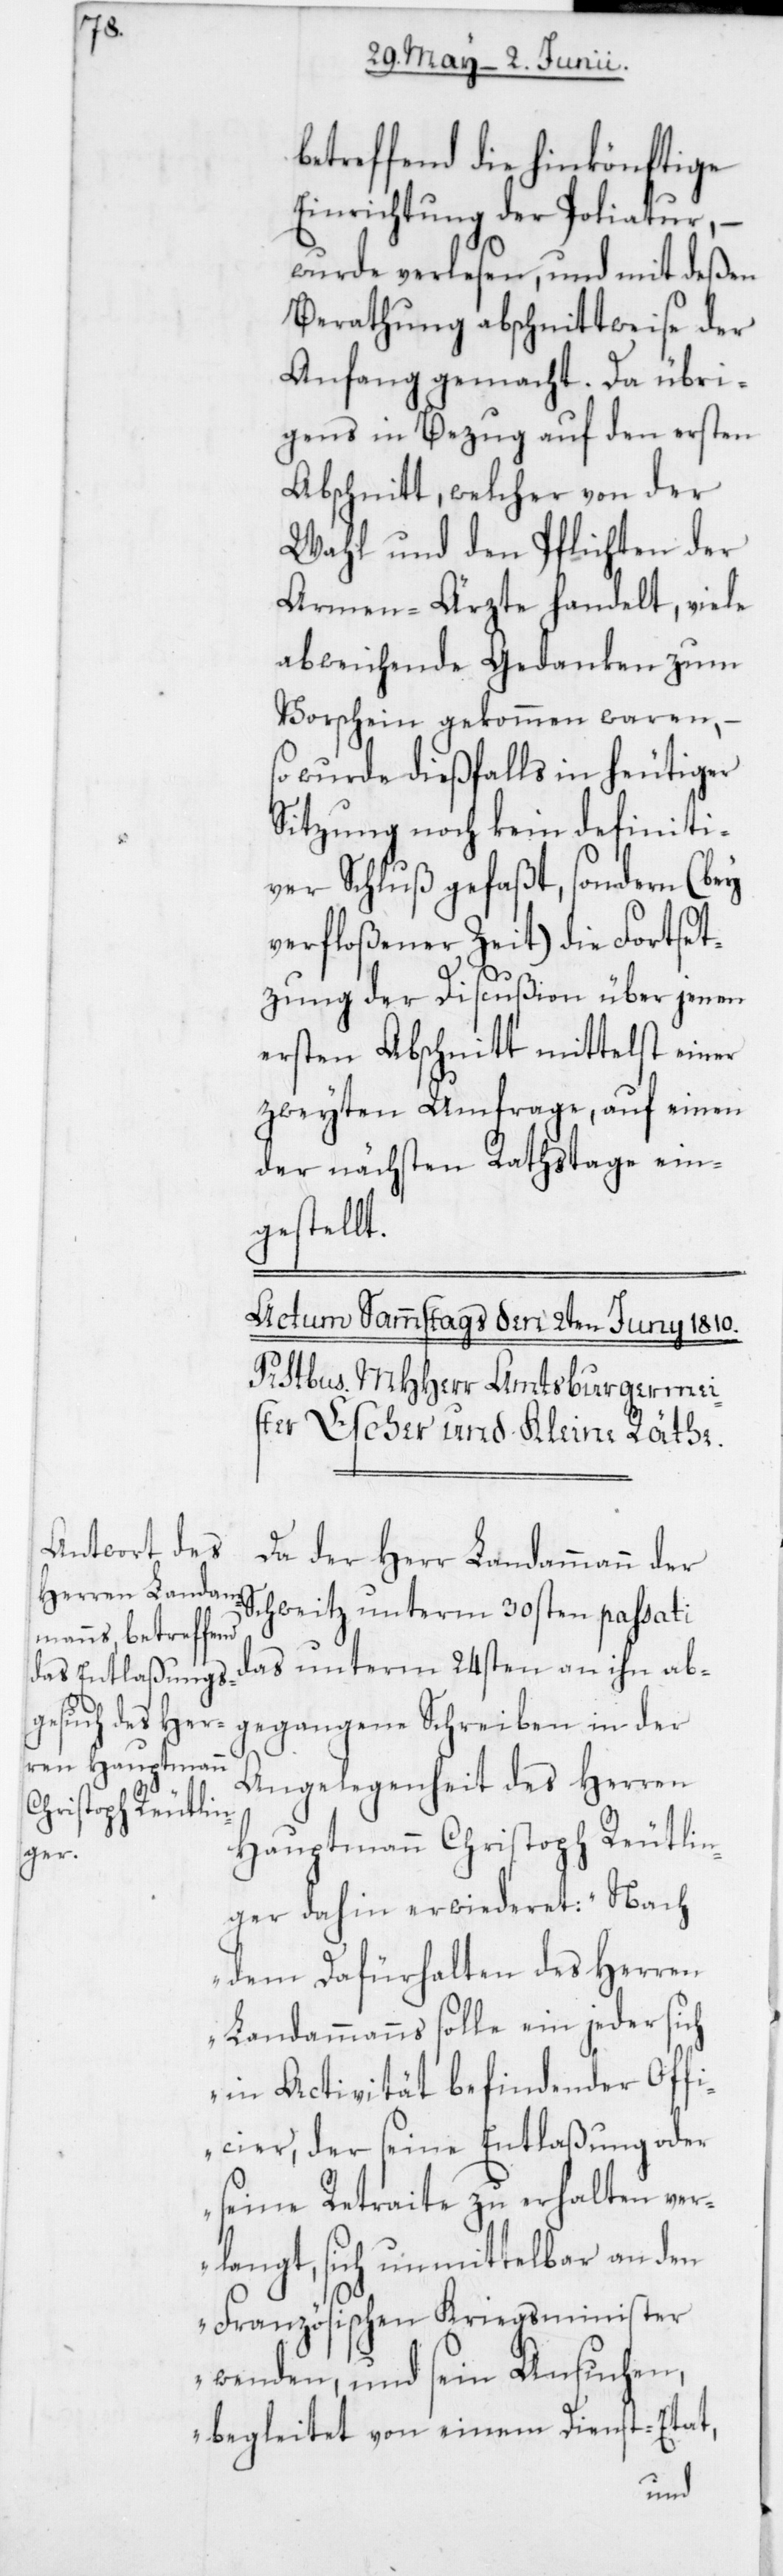
betreffend die hinkönftige
Einrichtung der Poliatur,
wurde verlesen, und mit deßen
Berathung abschnittweise der
Anfang gemacht. Da übri¬
gens in Bezug auf den ersten
Abschnitt, welcher von der
Wahl und den Pflichten der
Armen-Ärzte handelt, viele
abweichende Gedanken zum
Vorschein gekommen waren, –
wurde dießfalls in heutiger
Sitzung noch kein definiti¬
ver Schluß gefaßt, sondern (bey
verfloßener Zeit) die Fortset¬
zung der Discußion über jenen
ersten Abschnitt mittelst einer
zweyten Umfrage, auf einen
der nächsten Rathstage ein¬
gestellt.
Da der Herr Landammann der
Schweitz unterm 30sten passati
das unterm 24sten an ihn ab¬
gegangene Schreiben in der
Angelegenheit des Herren
Hauptmann Christoph Reutlin¬
ger dahin erwiederet: „Nach
dem Dafürhalten des Herren
Landammanns solle ein jeder sich
in Activität befindender Offi¬
cier, der seine Entlaßung oder
seine Retraite zu erhalten ver¬
langt, sich unmittelbar an den
Französischen Kriegsminister
wenden, und sein Ansuchen,
begleitet von einem Dienst-Etat,